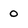
Character: 0